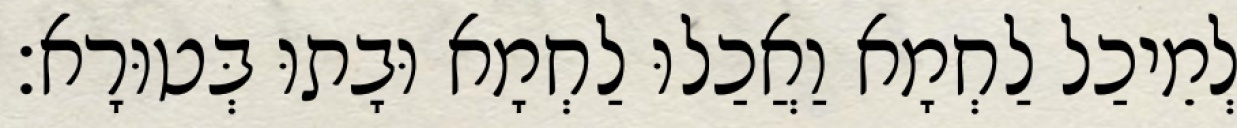
לְמֵיכַל לַחְמָא וַאֲכַלוּ לַחְמָא וּבָתוּ בְּטוּרָא׃